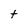
Character: t